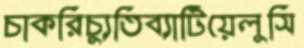
চাকরিচ্যুতিব্যাটিয়েলুসি